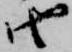
由